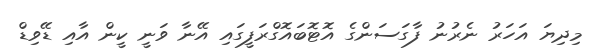
މިދިޔަ އަހަރު ނެރުނު ފާގަސަންގެ އޮޓޮބައޮގްރަފީގައި އޭނާ ވަނީ ކީން އާއި ޑޭވިޑް